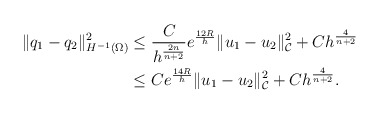
\begin{align*} \begin{aligned} \Vert q_{1}-q_{2} \Vert_{H^{-1}(\Omega)}^{2} & \leq \frac{C}{h^{\frac{2n}{n+2}}} e^{\frac{12R}{h}} \Vert u_{1}-u_{2} \Vert_{\mathcal{C}}^{2}+C h^{\frac{4}{n+2}} \\ & \leq C e^{\frac{14R}{h}} \Vert u_{1}-u_{2} \Vert_{\mathcal{C}}^{2}+ C h^{\frac{4}{n+2}}. \end{aligned}\end{align*}